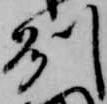
州